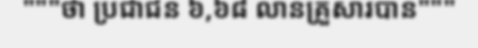
"""ថា ប្រជាជន ៦,៦៨ លានគ្រួសារបាន"""